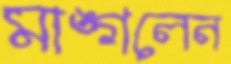
মাঙ্গলেন